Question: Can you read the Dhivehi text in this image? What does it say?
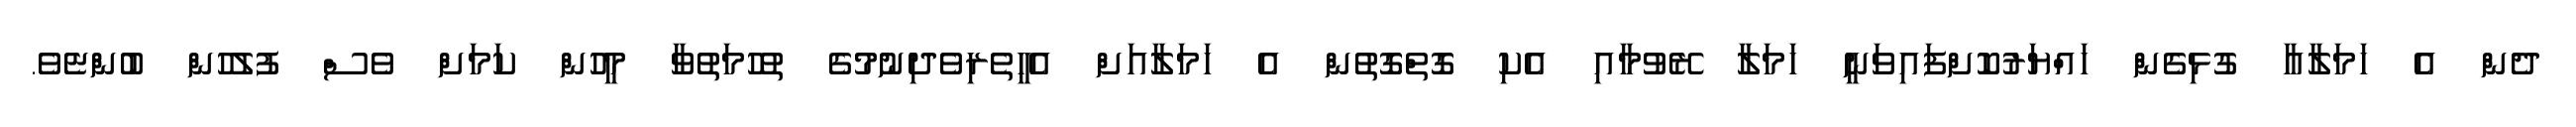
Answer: ދެން އެ ހަމަލާއާ ގުޅިގެން ހައްޔަރުކޮށްފައިވަނީ ހަމަލާ ރޭވުމާއި އެކި ގޮތްގޮތުން އެ ހަމަލާއަށް އެހީތެރިވެދިނުމުގެ ތުހުމަތުވާ މީހުން ކަމަށް ވެސް ފުލުހުން ބުންޏެވެ.